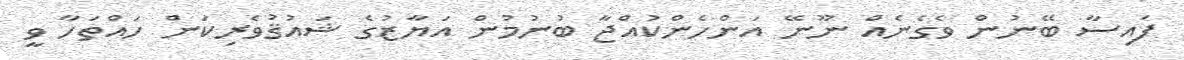
ފައިސާ ބޭނުން ވެގެނެއް ނޫނޭ އަންހެންކުއްޖާ ބުނުމުން އަޔާޒުގެ ޝައުޤުވެރިކަން ހައްތަހާ ވީ